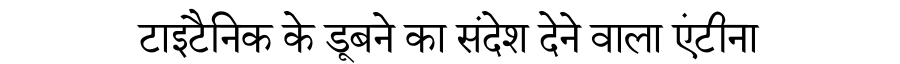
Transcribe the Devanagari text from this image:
टाइटैनिक के डूबने का संदेश देने वाला एंटीना